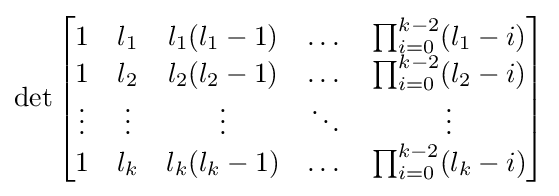
\det \left[{\begin{matrix}1&l_{1}&l_{1}(l_{1}-1)&\dots &\prod _{i=0}^{k-2}(l_{1}-i)\\1&l_{2}&l_{2}(l_{2}-1)&\dots &\prod _{i=0}^{k-2}(l_{2}-i)\\\vdots &\vdots &\vdots &\ddots &\vdots \\1&l_{k}&l_{k}(l_{k}-1)&\dots &\prod _{i=0}^{k-2}(l_{k}-i)\end{matrix}}\right]